Notes on vaccination in the North-West Frontier Province 1923-1928 - 1923-1928
Year: 1923
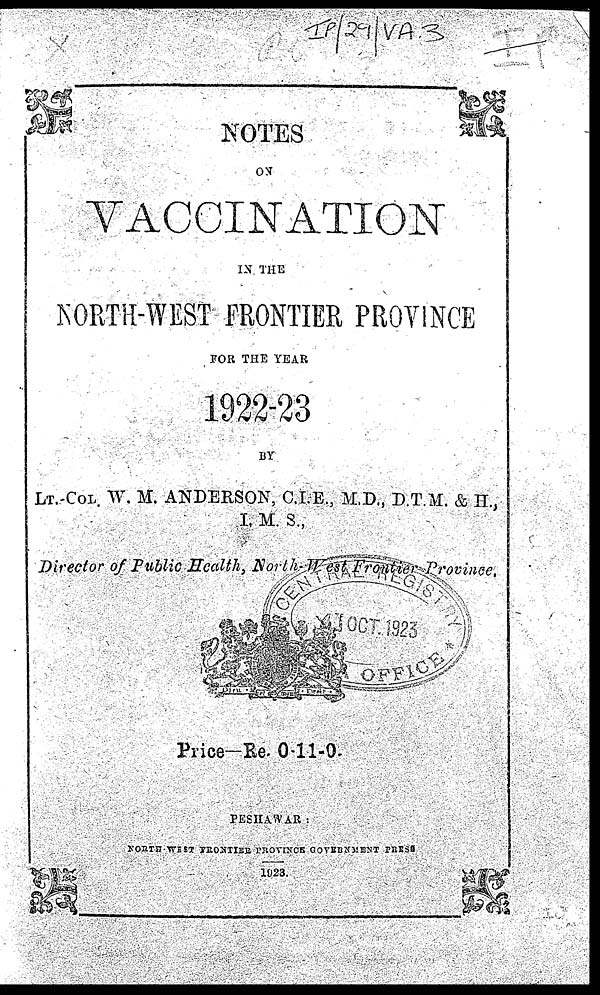
NOTES
ON
VACCINATION
IN THE
NORTH-WEST FRONTIER PROVINCE
FOR THE YEAR
1922-23
BY
LT.-COL W. M. ANDERSON, C.I.B., M.D., D.T.M. & H.,
I. M. S.
Director of Public Health, North- West Frontier Province.
Price—Re. 0-11-0.
PESHAWAR :
NORTH-WEST FRONTIER PROVINCE GOVERNMENT PRESS
1923.